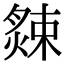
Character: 𦠁